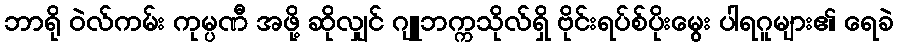
ဘာရို ဝဲလ်ကမ်း ကုမ္ပဏီ အဖို့ ဆိုလျှင် ဂျူဘက္ကသိုလ်ရှိ ဗိုင်းရပ်စ်ပိုးမွေး ပါရဂူများ၏ ရေခဲ